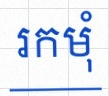
រកមុំ